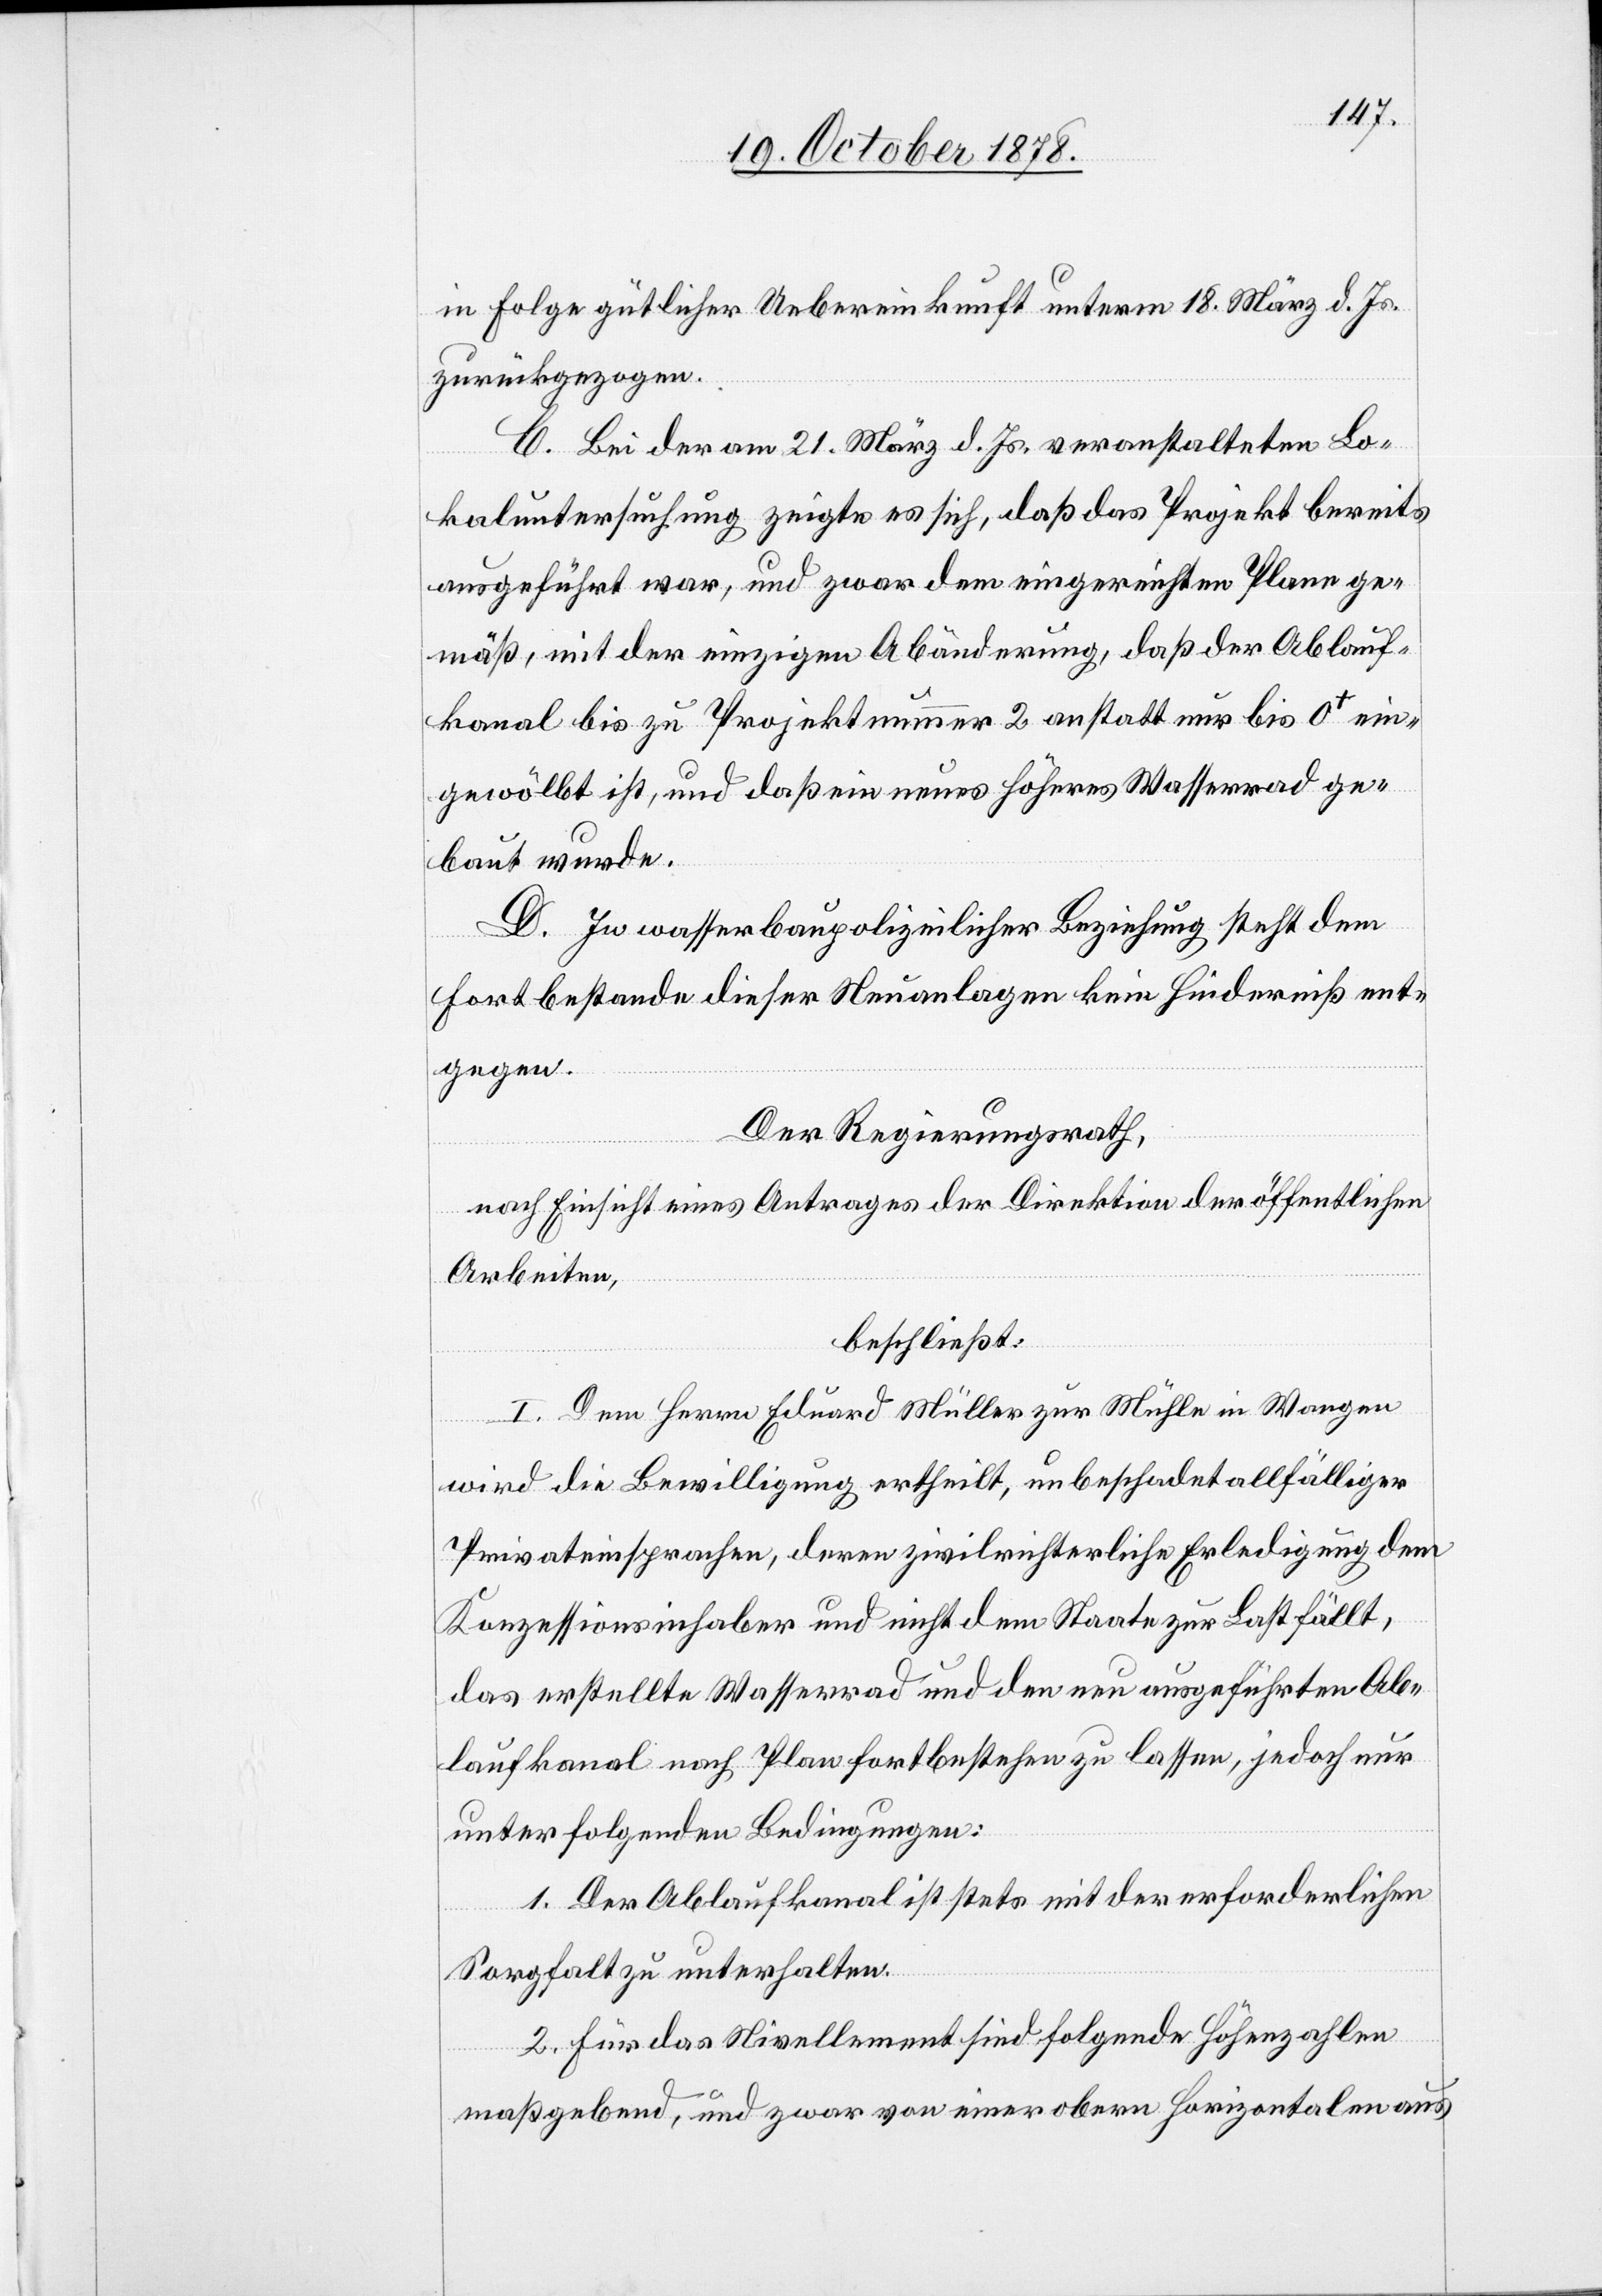
in Folge gütlicher Uebereinkunft unterm 18. März d. Js.
zurückgezogen.
C. Bei der am 21. März d. Js. veranstalteten Lo¬
kaluntersuchung zeigte es sich, daß das Projekt bereits
ausgeführt war, und zwar dem eingereichten Plane ge¬
mäß, mit der einzigen Abänderung, daß der Ablauf¬
kanal bis zu Projektnummer 2 anstatt nur bis 0+ ein¬
gewölbt ist, und daß ein neues höheres Wasserrad ge¬
baut wurde.
D. In wasserbaupolizeilicher Beziehung steht dem
Fortbestande dieser Neuanlagen kein Hinderniß ent¬
gegen.
Der Regierungsrath,
nach Einsicht eines Antrages der Direktion der öffentlichen
Arbeiten,
beschließt:
I. Dem Herrn Eduard Müller zur Mühle in Wangen
wird die Bewilligung ertheilt, unbeschadet allfälliger
Privateinsprachen, deren zivilrichterliche Erledigung dem
Konzessionsinhaber und nicht dem Staate zur Last fällt,
das erstellte Wasserrad und den neu ausgeführten Ab¬
laufkanal nach Plan fortbestehen zu lassen, jedoch nur
unter folgenden Bedingungen:
1. Der Ablaufkanal ist stets mit der erforderlichen
Sorgfalt zu unterhalten.
2. Für das Nivellement sind folgende Höhenzahlen
maßgebend, und zwar von einer obern Horizontalen aus